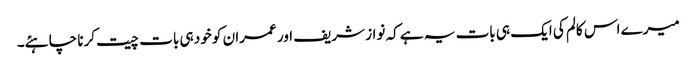
میرے اس کالم کی ایک ہی بات یہ ہے کہ نواز شریف اور عمران کو خود ہی بات چیت کرنا چاہئے۔